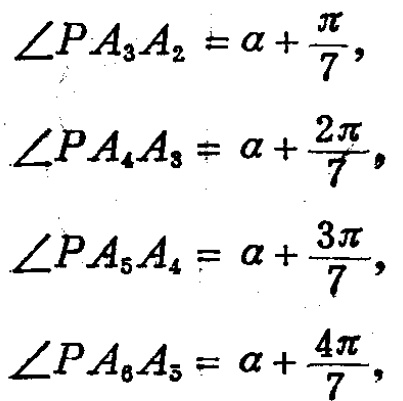
\[\begin{align*}
\angle PA_{3}A_{2}&=\alpha+\frac{\pi}{7},\\
\angle PA_{4}A_{3}&=\alpha+\frac{2\pi}{7},\\
\angle PA_{5}A_{4}&=\alpha+\frac{3\pi}{7},\\
\angle PA_{6}A_{5}&=\alpha+\frac{4\pi}{7},
\end{align*}\]